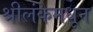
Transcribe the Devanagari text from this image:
श्रीलंकेमधून